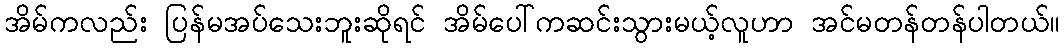
အိမ်ကလည်း ပြန်မအပ်သေးဘူးဆိုရင် အိမ်ပေါ်ကဆင်းသွားမယ့်လူဟာ အင်မတန်တန်ပါတယ်။